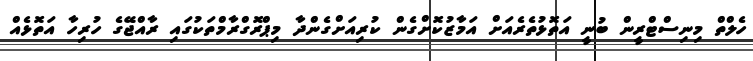
ހެލްތް މިނިސްޓްރީން ބުނީ އަތޮޅުތެރެއަށް އަމާޒުކޮށްގެން ކުރިއަށްގެންދާ މިޕްރޮގްރާމްތަކުގައި ރާއްޖޭގެ ހުރިހާ އަތޮޅެއް